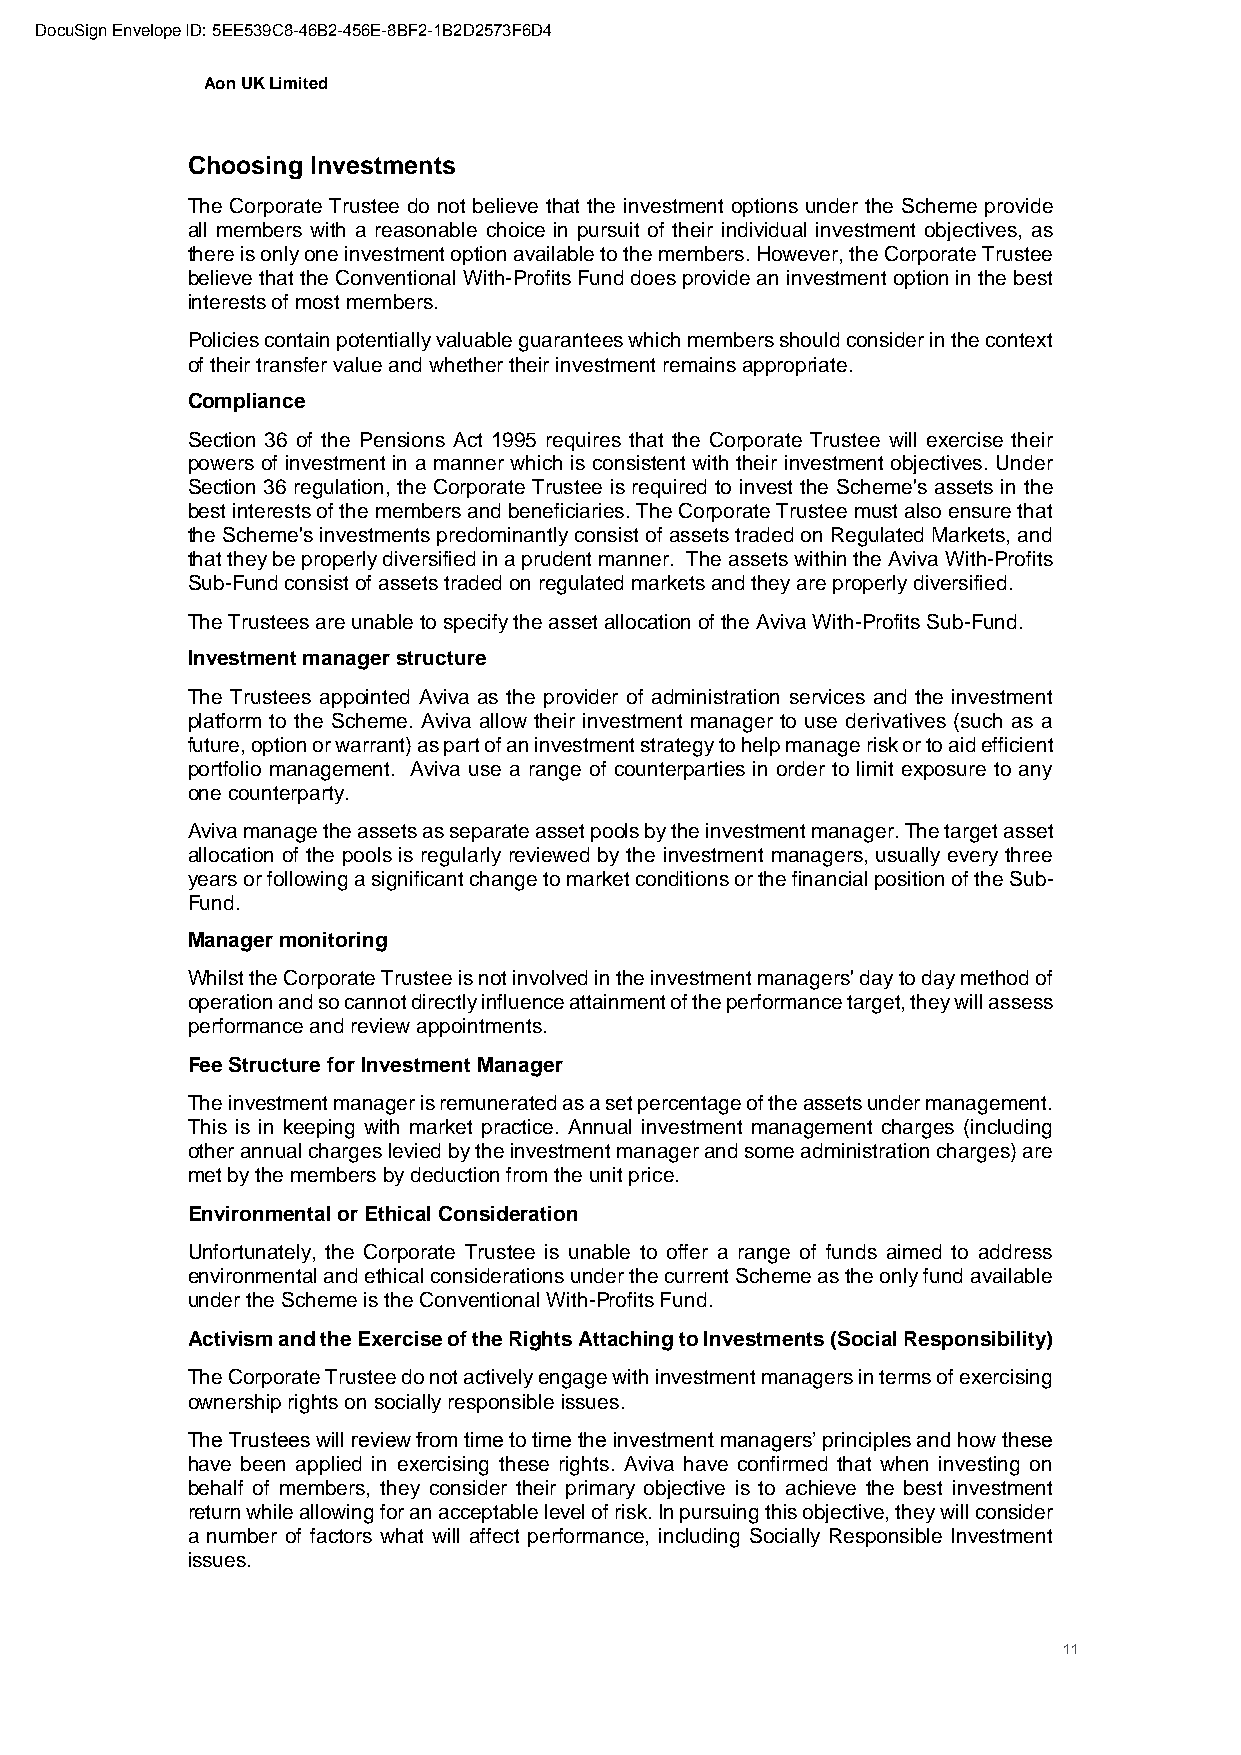
DocuSign Envelope ID: 5EE539C8-46B2-456E-8BF2-1B2D2573F6D4
 Aon UK Limited
 Choosing Investments
 The Corporate Trustee do not believe that the investment options under the Scheme provide
 all members with a reasonable choice in pursuit of their individual investment objectives, as
 there is only one investment option available to the members. However, the Corporate Trustee
 believe that the Conventional With-Profits Fund does provide an investment option in the best
 interests of most members.
 Policies contain potentially valuable guarantees which members should consider in the context
 of their transfer value and whether their investment remains appropriate.
 Compliance
 Section 36 of the Pensions Act 1995 requires that the Corporate Trustee will exercise their
 powers of investment in a manner which is consistent with their investment objectives. Under
 Section 36 regulation, the Corporate Trustee is required to invest the Scheme's assets in the
 best interests of the members and beneficiaries. The Corporate Trustee must also ensure that
 the Scheme's investments predominantly consist of assets traded on Regulated Markets, and
 that they be properly diversified in a prudent manner. The assets within the Aviva With-Profits
 Sub-Fund consist of assets traded on regulated markets and they are properly diversified.
 The Trustees are unable to specify the asset allocation of the Aviva With-Profits Sub-Fund.
 Investment manager structure
 The Trustees appointed Aviva as the provider of administration services and the investment
 platform to the Scheme. Aviva allow their investment manager to use derivatives (such as a
 future, option or warrant) as part of an investment strategy to help manage risk or to aid efficient
 portfolio management. Aviva use a range of counterparties in order to limit exposure to any
 one counterparty.
 Aviva manage the assets as separate asset pools by the investment manager. The target asset
 allocation of the pools is regularly reviewed by the investment managers, usually every three
 years or following a significant change to market conditions or the financial position of the Sub-
 Fund.
 Manager monitoring
 Whilst the Corporate Trustee is not involved in the investment managers' day to day method of
 operation and so cannot directly influence attainment of the performance target, they will assess
 performance and review appointments.
 Fee Structure for Investment Manager
 The investment manager is remunerated as a set percentage of the assets under management.
 This is in keeping with market practice. Annual investment management charges (including
 other annual charges levied by the investment manager and some administration charges) are
 met by the members by deduction from the unit price.
 Environmental or Ethical Consideration
 Unfortunately, the Corporate Trustee is unable to offer a range of funds aimed to address
 environmental and ethical considerations under the current Scheme as the only fund available
 under the Scheme is the Conventional With-Profits Fund.
 Activism and the Exercise of the Rights Attaching to Investments (Social Responsibility)
 The Corporate Trustee do not actively engage with investment managers in terms of exercising
 ownership rights on socially responsible issues.
 The Trustees will review from time to time the investment managers’ principles and how these
 have been applied in exercising these rights. Aviva have confirmed that when investing on
 behalf of members, they consider their primary objective is to achieve the best investment
 return while allowing for an acceptable level of risk. In pursuing this objective, they will consider
 a number of factors what will affect performance, including Socially Responsible Investment
 issues.
 11